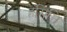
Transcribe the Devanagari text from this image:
हमिति